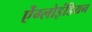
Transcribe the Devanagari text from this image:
ऐंग्लोइंडियन